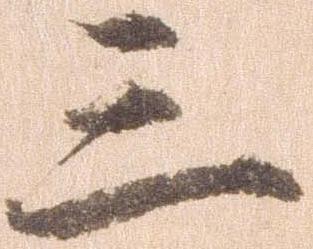
三